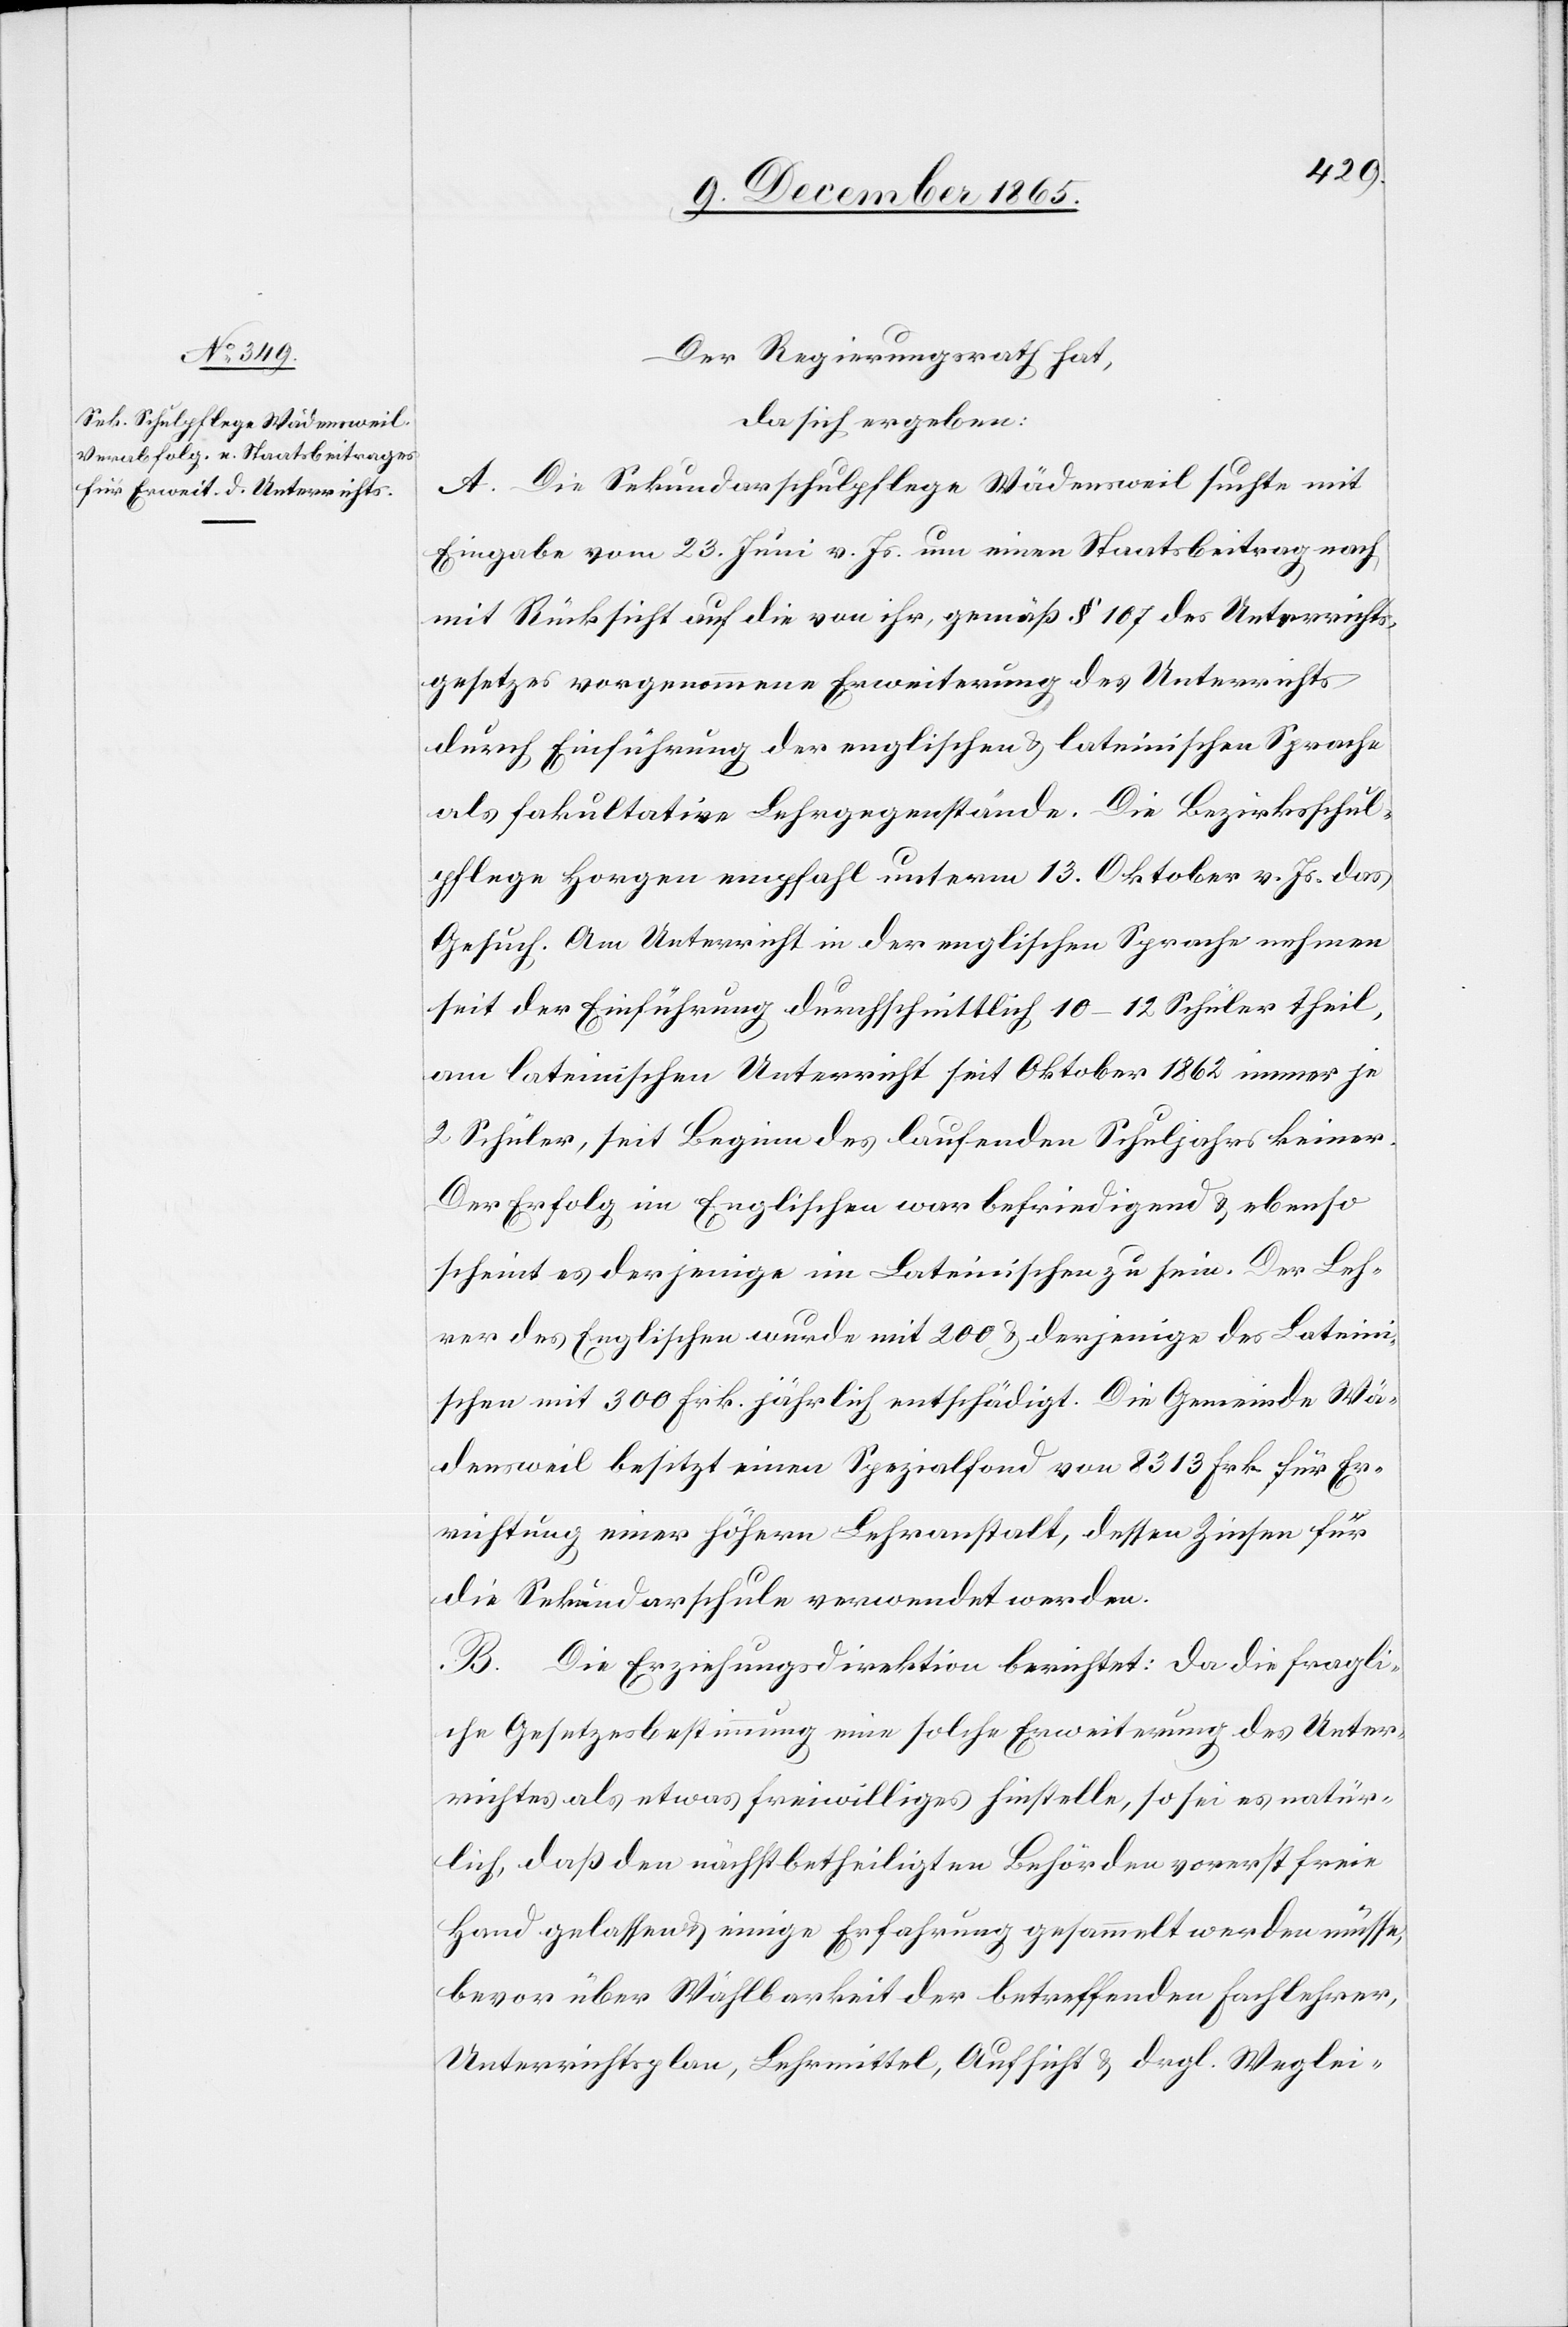
Der Regierungsrath hat,
da sich ergeben:
A. Die Sekundarschulpflege Wädensweil sucht mit
Eingabe vom 23. Juni v. Js. um einen Staatsbeitrag nach,
mit Rücksicht auf die von ihr, gemäß § 107 des Unterrichts¬
gesetzes vorgenommene Erweiterung des Unterrichts
durch Einführung der englischen & lateinischen Sprache
als fakultative Lehrgegenstände. Die Bezirksschul¬
pflege Horgen empfahl unterm 13. Oktober v. Js. das
Gesuch. Am Unterricht in der englischen Sprache nehmen
seit der Einführung durchschnittlich 10–12 Schüler theil,
am lateinischen Unterricht seit Oktober 1862 immer je
2 Schüler, seit Beginn des laufenden Schuljahres keiner.
Der Erfolg im Englischen war befriedigend & ebenso
scheint es derjenige im Lateinischen zu sein. Der Leh¬
rer des Englischen wurde mit 200 & derjenige des Lateini¬
schen mit 300 Frk. jährlich entschädigt. Die Gemeinde Wä¬
densweil besitzt einen Spezialfond von 8313 Frk. für Er¬
richtung einer höhern Lehranstalt, dessen Zinsen für
die Sekundarschule verwendet werden.
B. Die Erziehungsdirektion berichtet: Da die fragli¬
che Gesetzesbestimmung eine solche Erweiterung des Unter¬
richtes als etwas freiwilliges hinstelle, so sei es natür¬
lich, daß den nächstbetheiligten Behörden vorerst freie
Hand gelassen & einige Erfahrung gesammelt werden müsse,
bevor über Wählbarkeit der betreffenden Fachlehrer,
Unterrichtsplan, Lehrmittel, Aufsicht & drgl. Weglei-